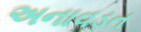
અનાવડત